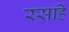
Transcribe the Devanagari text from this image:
रसहिं